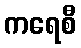
ကရေစီ